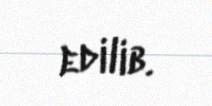
edilib.